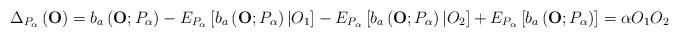
LaTeX: \begin{align*}\Delta _{P_{\alpha }}\left( \mathbf{O}\right) =b_{a}\left( \mathbf{O};P_{\alpha }\right) -E_{P_{\alpha }}\left[ b_{a}\left( \mathbf{O};P_{\alpha}\right) |O_{1}\right] -E_{P_{\alpha }}\left[ b_{a}\left( \mathbf{O};P_{\alpha }\right) |O_{2}\right] +E_{P_{\alpha }}\left[ b_{a}\left( \mathbf{O};P_{\alpha }\right) \right] =\alpha O_{1}O_{2}\end{align*}